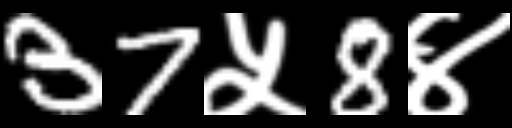
Text: 37५8४